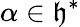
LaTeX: \alpha\in{\mathfrak{h}}^{*}